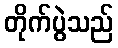
တိုက်ပွဲသည်